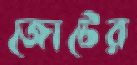
জোটের